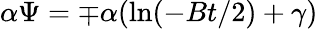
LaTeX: \alpha\Psi=\mp\alpha(\ln(-Bt/2)+\gamma)